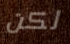
لكن